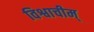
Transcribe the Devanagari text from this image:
विश्वाचीम्